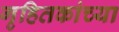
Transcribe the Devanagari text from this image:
गृहितकांच्या